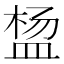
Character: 𬐠